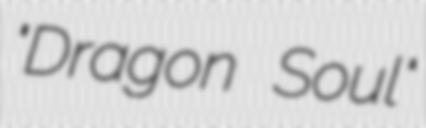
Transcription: "Dragon Soul"